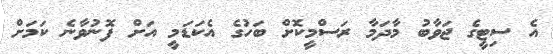
އެ ސިޓީގެ ޖަވާބު މާދަމާ ރަސްމީކޮށް ބަހުގެ އެކަޑަމީ އަށް ފޮނުވާނެ ކަމަށް